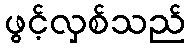
ဖွင့်လှစ်သည်